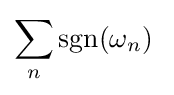
\sum _{n}\operatorname {sgn}(\omega _{n})\;